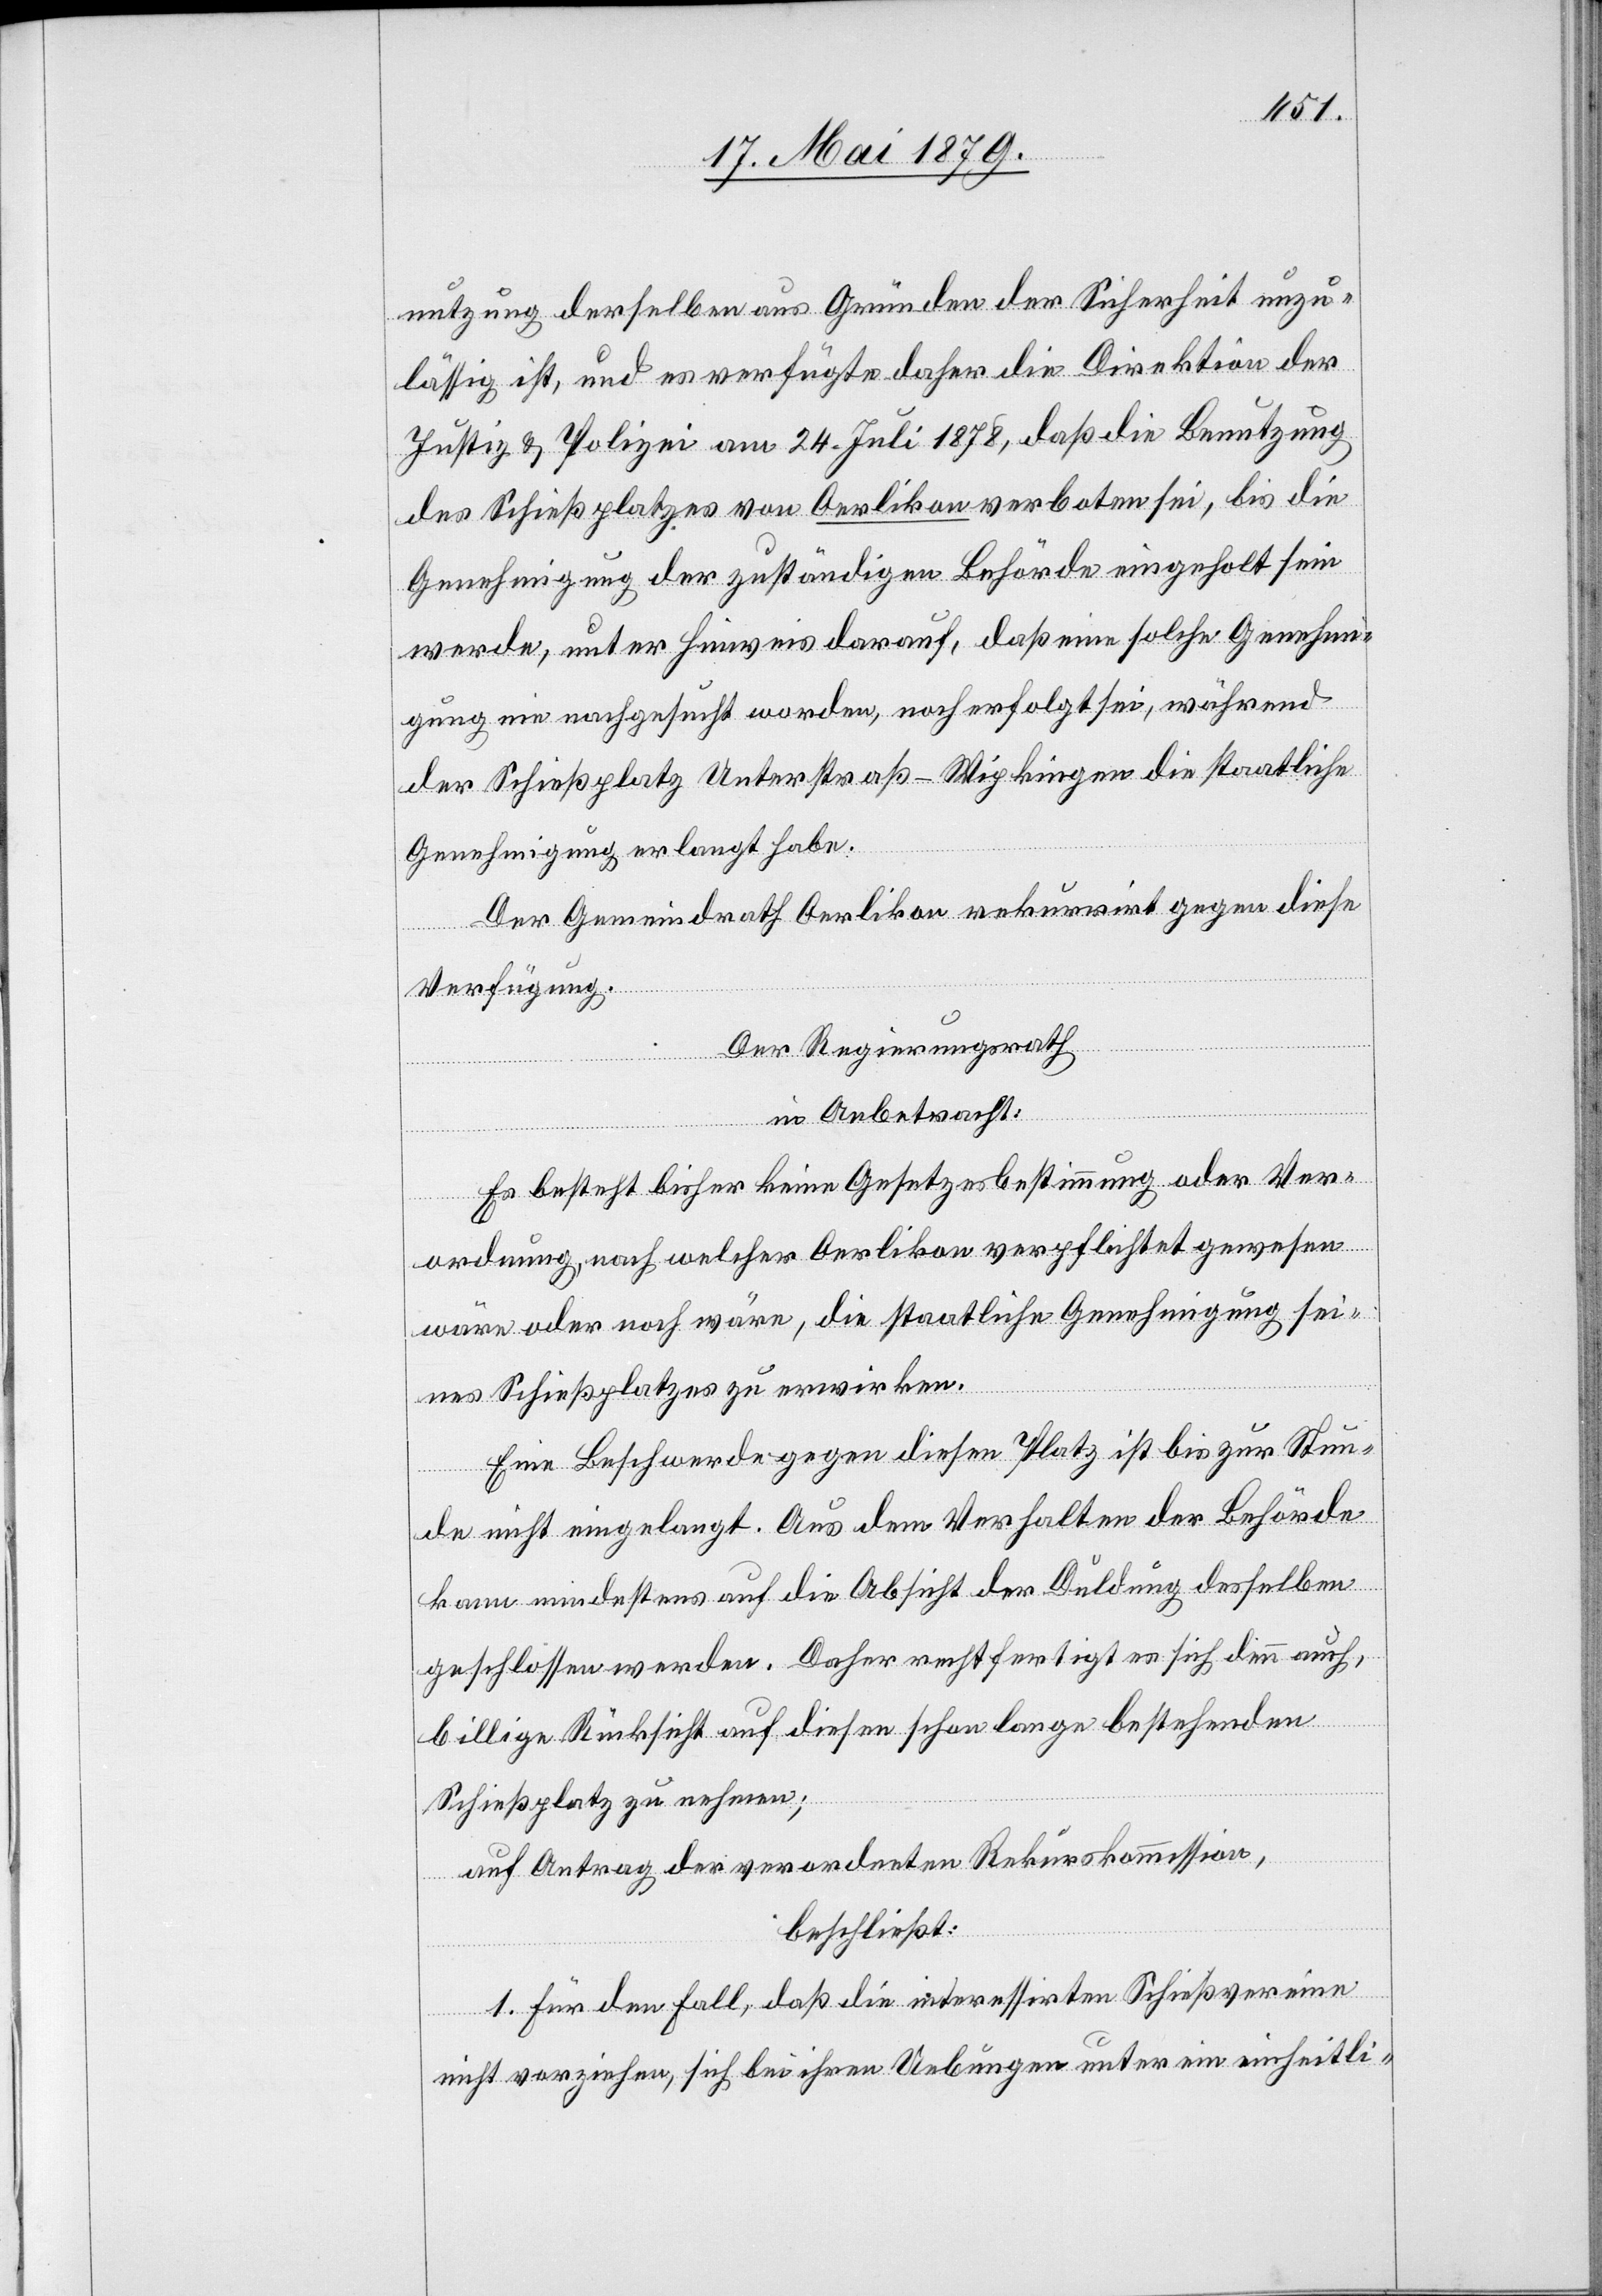
nutzung derselben aus Gründen der Sicherheit unzu¬
lässig ist, und es verfügte daher die Direktion der
Justiz & Polizei am 24. Juli 1878, daß die Benutzung
des Schießplatzes von Oerlikon verboten sei, bis die
Genehmigung der zuständigen Behörde eingeholt sein
werde, unter Hinweis darauf, daß eine solche Genehmi¬
gung nie nachgesucht worden, noch erfolgt sei, während
der Schießplatz Unterstraß - Wipkingen die staatliche
Genehmigung erlangt habe.
Der Gemeindrath Oerlikon rekurrirt gegen diese
Verfügung.
Der Regierungsrath
in Anbetracht:
Es besteht bisher keine Gesetzesbestimmung oder Ver¬
ordnung, nach welcher Oerlikon verpflichtet gewesen
wäre oder noch wäre, die staatliche Genehmigung sei¬
nes Schießplatzes zu erwirken.
Eine Beschwerde gegen diesen Platz ist bis zur Stun¬
de nicht eingelangt. Aus dem Verhalten der Behörde
kann mindestens auf die Absicht der Duldung desselben
geschlossen werden. Daher rechtfertigt es sich denn auch,
billige Rücksicht auf diesen schon lange bestehenden
Schießplatz zu nehmen;
auf Antrag der verordneten Rekurskommission,
beschließt:
1. Für den Fall, daß die interessirten Schießvereine
nicht vorziehen, sich bei ihren Uebungen unter ein einheitli-